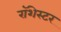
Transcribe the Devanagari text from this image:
रॉशेस्टर